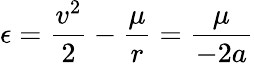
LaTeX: \epsilon={\frac{v^{2}}{2}}-{\frac{\mu}{r}}={\frac{\mu}{-2a}}